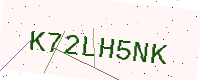
Text: K72LH5NK